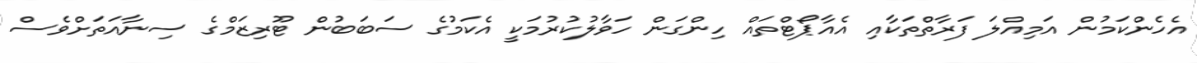
އެހެންކަމުން އަމިއްލަ ފަރާތްތަކާއި އެއާޕޯޓްތައް ހިންގަން ހަވާލުކުރުމަކީ އެކަމުގެ ސަބަބުން ޓޫރިޒަމްގެ ސިނާއަތަށްވެސް